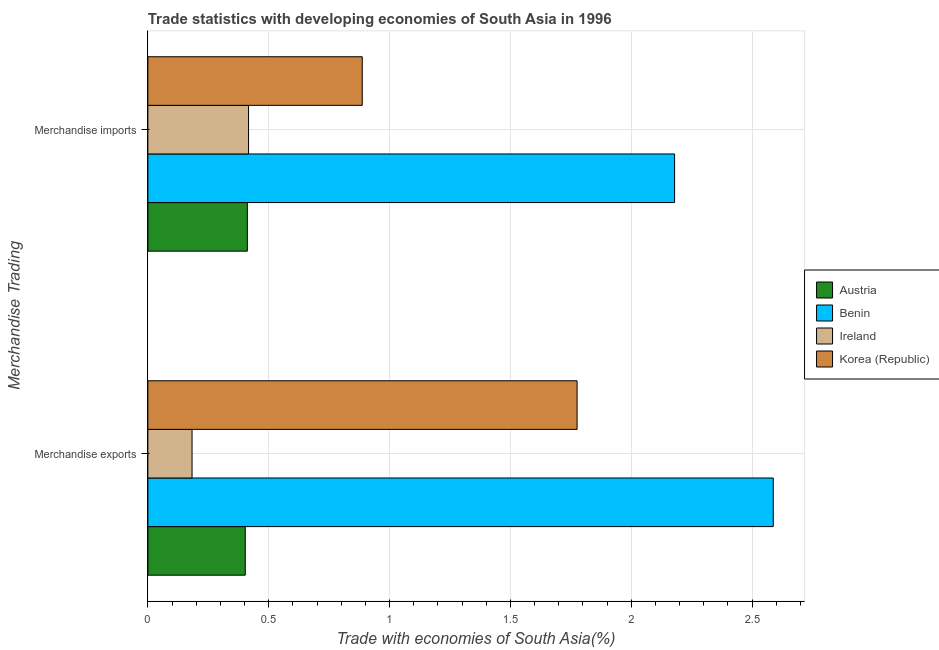
| Merchandise Trading | Austria | Benin | Ireland | Korea (Republic) |
 | --- | --- | --- | --- | --- |
 | Merchandise exports | 0.403 | 2.59 | 0.183 | 1.78 |
 | Merchandise imports | 0.412 | 2.18 | 0.417 | 0.887 |